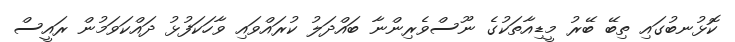
ކޮޅުނބުގައި ތިބޭ ބޭރު މީޑިއާތަކުގެ ނޫސްވެރިންނާ ބައްދަލު ކުރައްވައި ވާހަކަފުޅު ދައްކަވަމުން ރައީސް